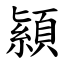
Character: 顈